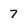
Character: 7